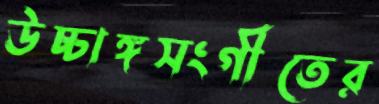
উচ্চাঙ্গসংগীতের